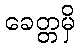
ခေတ္တမှိ